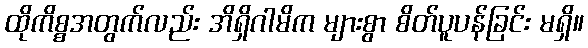
ထိုကိစ္စအတွက်လည်း အိရှိဂါမိက များစွာ စိတ်ပူပန်ခြင်း မရှိ။